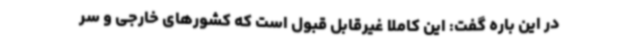
در این باره گفت: این کاملا غیرقابل قبول است که کشورهای خارجی و سر